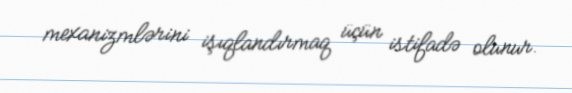
mexanizmlərini işıqlandırmaq üçün istifadə olunur.